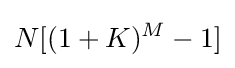
N[(1+K)^{M}-1]